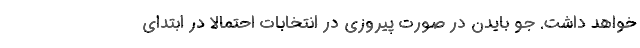
خواهد داشت. جو بایدن در صورت پیروزی در انتخابات احتمالا در ابتدای